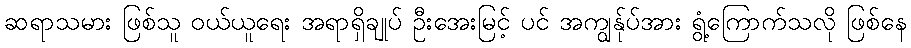
ဆရာသမား ဖြစ်သူ ဝယ်ယူရေး အရာရှိချုပ် ဦးအေးမြင့် ပင် အကျွန်ုပ်အား ရွံ့ကြောက်သလို ဖြစ်နေ